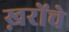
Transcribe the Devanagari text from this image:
ख़रोंचे